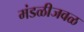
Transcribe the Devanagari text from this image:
मंडळीजवळ